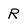
Character: R